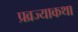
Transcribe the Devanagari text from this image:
प्रव्रज्याकथा